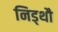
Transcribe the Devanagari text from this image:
निड्थौ